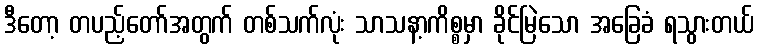
ဒီတော့ တပည့်တော်အတွက် တစ်သက်လုံး သာသနာ့ကိစ္စမှာ ခိုင်မြဲသော အခြေခံ ရသွားတယ်